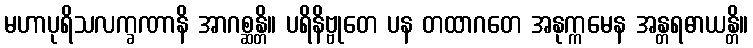
မဟာပုရိသလက္ခဏာနိ အာဂစ္ဆန္တိ။ ပရိနိဗ္ဗုတေ ပန တထာဂတေ အနုက္ကမေန အန္တရဓာယန္တိ။